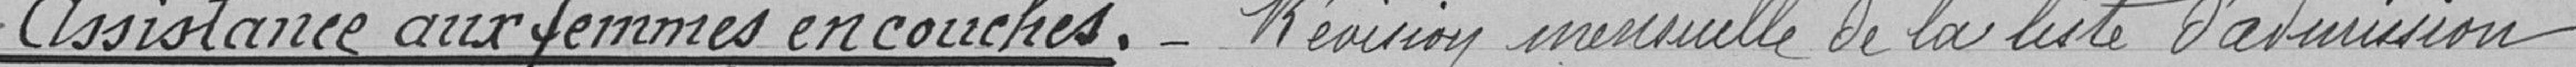
Assistance aux femmes en couches. Révision mensuelle de la liste d'admission